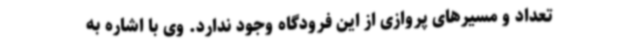
تعداد و مسیرهای پروازی از این فرودگاه وجود ندارد. وی با اشاره به